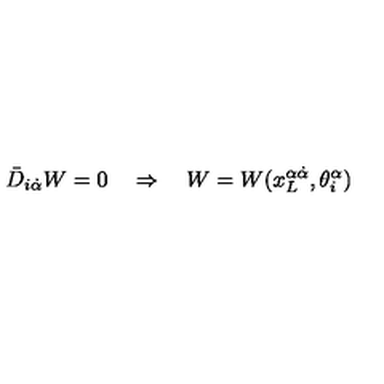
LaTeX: \bar { D } _ { i \dot { \alpha } } W = 0 \quad \Rightarrow \quad W = W ( x _ { L } ^ { \alpha \dot { \alpha } } , \theta _ { i } ^ { \alpha } )